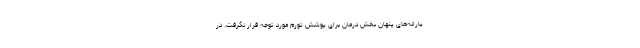
یارانه‌های پنهان بخش درمان برای پوشش تورم مورد توجه قرار نگرفت. در